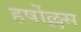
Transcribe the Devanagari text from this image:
हर्षोल्लस